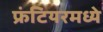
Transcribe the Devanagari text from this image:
फ्रंटियरमध्ये